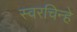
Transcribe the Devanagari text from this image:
स्वरचिन्हे